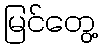
မြင်တွေ့